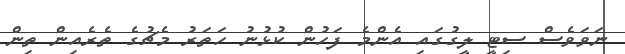
ނަވަވެސް ސިޓީ ލީގުގައި އެންމެ ފަހުން ކުޅުނު ހަތަރު މެޗުގެ ތެރެއިން ތިން